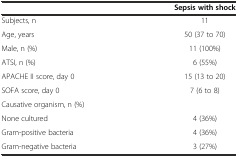
<table><thead><tr><td>[EMPTY_CELL]</td><td><b>Sepsis with shock</b></td></tr></thead><tbody><tr><td>Subjects, n</td><td>11</td></tr><tr><td>Age, years</td><td>50 (37 to 70)</td></tr><tr><td>Male, n (%)</td><td>11 (100%)</td></tr><tr><td>ATSI, n (%)</td><td>6 (55%)</td></tr><tr><td>APACHE II score, day 0</td><td>15 (13 to 20)</td></tr><tr><td>SOFA score, day 0</td><td>7 (6 to 8)</td></tr><tr><td>Causative organism, n (%)</td><td>[EMPTY_CELL]</td></tr><tr><td>None cultured</td><td>4 (36%)</td></tr><tr><td>Gram-positive bacteria</td><td>4 (36%)</td></tr><tr><td>Gram-negative bacteria</td><td>3 (27%)</td></tr></tbody></table>